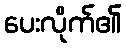
ပေးလိုက်၏